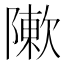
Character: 𨼤